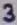
Text: 3